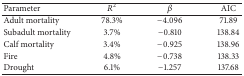
<table><thead><tr><td><b>Parameter</b></td><td><b><i>R</i><sup>2</sup></b></td><td><b><i>β</i></b></td><td><b> AIC</b></td></tr></thead><tbody><tr><td>Adult mortality</td><td>78.3%</td><td>−4.096</td><td>71.89</td></tr><tr><td>Subadult mortality</td><td>3.7%</td><td>−0.810</td><td>138.84</td></tr><tr><td>Calf mortality</td><td>3.4%</td><td>−0.925</td><td>138.96</td></tr><tr><td>Fire</td><td>4.8%</td><td>−0.738</td><td>138.33</td></tr><tr><td>Drought</td><td>6.1%</td><td>−1.257</td><td>137.68</td></tr></tbody></table>